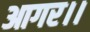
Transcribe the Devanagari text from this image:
आगर।।